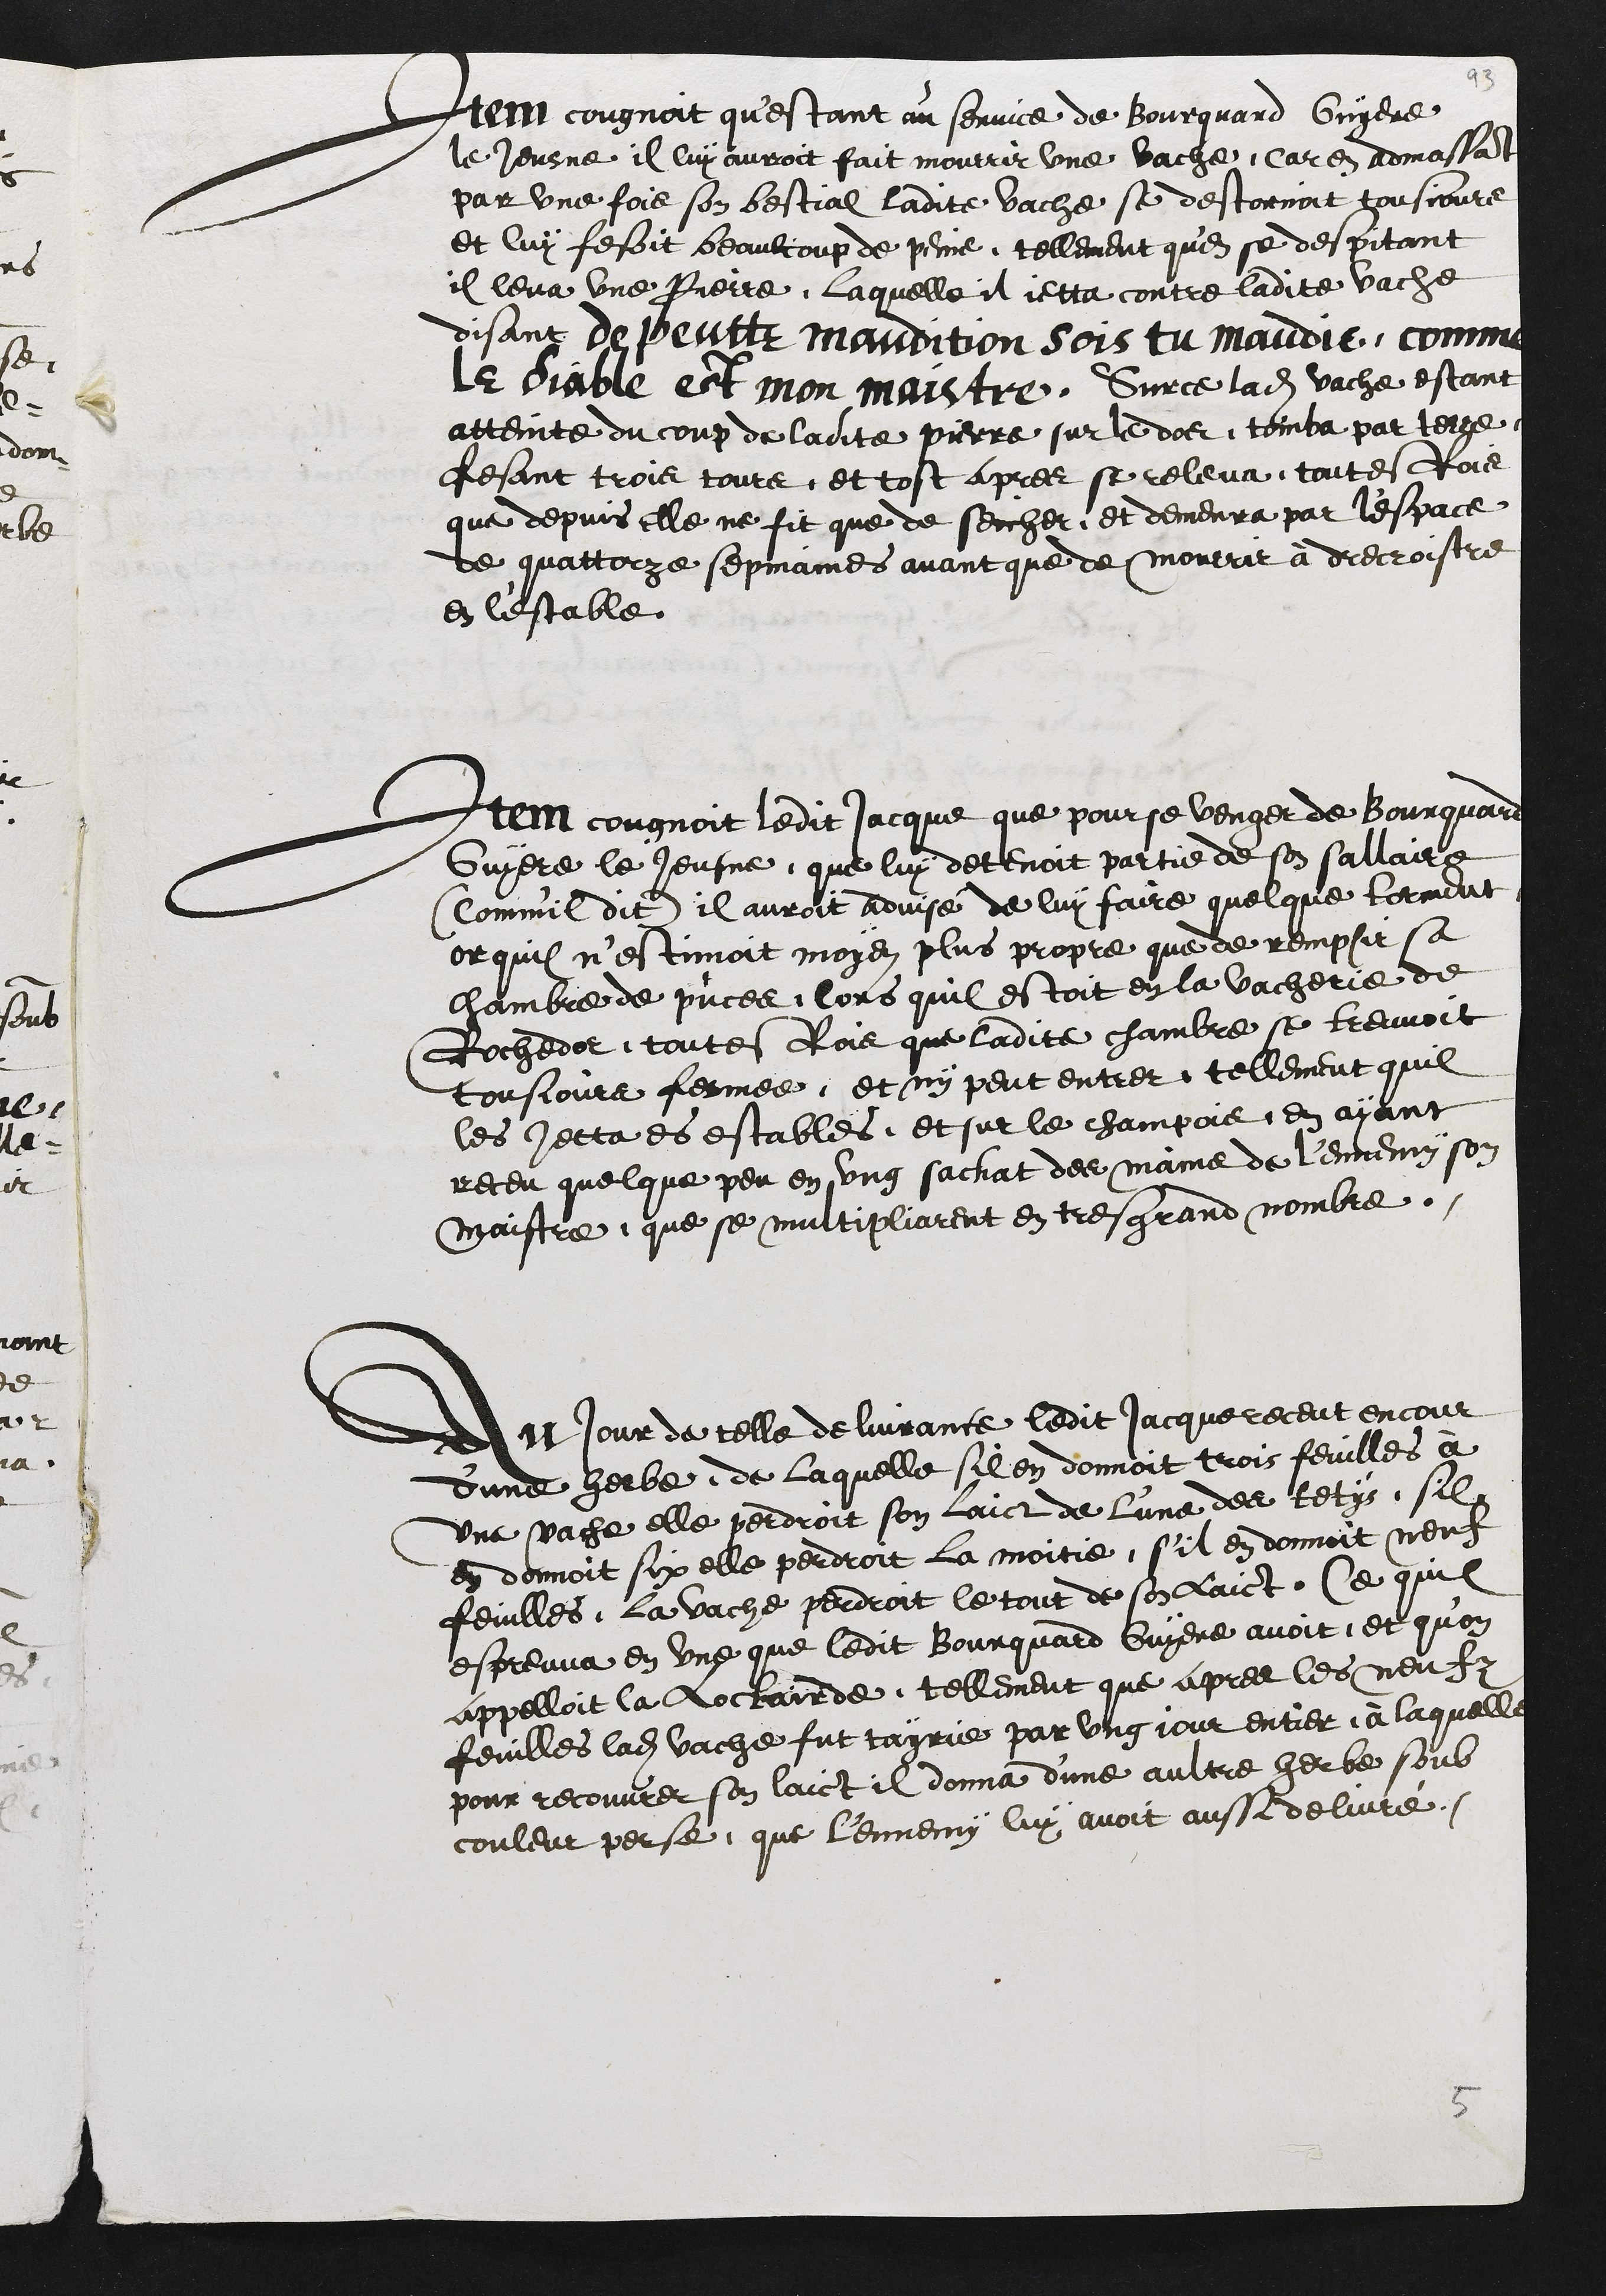
Item congnoit questant au service de Bourquard Guyere
le Jeusne il lui auroit fait mourrir une vache, Car en admassant
par une fois son bestial ladite vache se destornoit tousjours
et luy fesoit beaulcoup de peine, tellement qu'en se despitant
il leva une Pierre laquelle il jetta contre ladite vache
disant de peutte maudition sois tu maudit comme
le diable est mon maistre. Surce ladite vache estant
atteinte du coup de ladite pierre sur le dos tomba par terre
fesant trois tours et tost apres se releva, toutesfois
que depuis elle ne fit que de seicher et demeura par l'espace
de quattorze sepmaines avant que de mourrir à drecroistre
en l'estable
Item cougnoit ledit Jacque que pour se venger de Bourquard
Guyere le Jeusne que luy detenoit partie de son sallaire
(Comm'il dit) il auroit advisé de luy faire quelque torment
or quil n'estimoit moyen plus propre que de remplir sa
Chambre de puces lors quil estoit en la vacherie de
Rochedor, toutesfois que ladite Chambre se treuvoit
tousjours fermee et ny peut entrer tellement quil
les jetta es estables et sur le champois en ayant
receu quelque peu en ung sachat de mains de l'ennemy son
Maistre que se multipliarent en tres grand nombre.
Au jour de telle delivrance ledit Jacque receut encour
d'une herbe de laquelle sil en donnoit trois feuilles à
une vache elle perdroit son laict de l'une de tetys, sil
en donnoit six elle perdroit la moitie, s'il en donnoit neuf
feuilles la vache perdroit le tout de son laict, Ce quil
espreuva en une que ledit Bourquard Guyere avoit, et qu'on
appelloit la Loclairde, tellement que apres les neufz
feuilles ladite vache fut tayrie par ung jour entier, à laquelle
pour recouvrer son laict donna d'une aultre herbe soub
couleur perse que lennemy lui avoit aussi delivré.

5